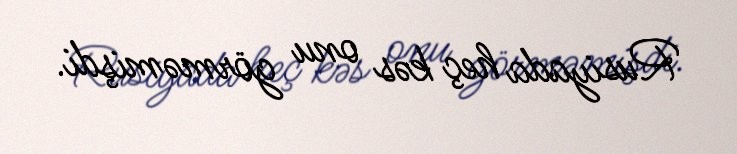
Rusiyada heç kəs onu görməmişdi.